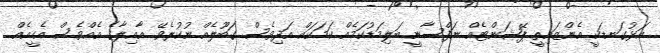
އަޅުގަނޑަކީ އެންޒައިތީ ޕޭޝަންޓެއް...ނަފްސާނީ ބަލިމަޑުކަމެއް ކަމަކައް އަދިވެސް ގަބޫލެއް ނުކުރެވޭ....އާއިލާގެ އެއްވެސް އެހީއެއް